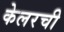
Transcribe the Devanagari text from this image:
केलरची